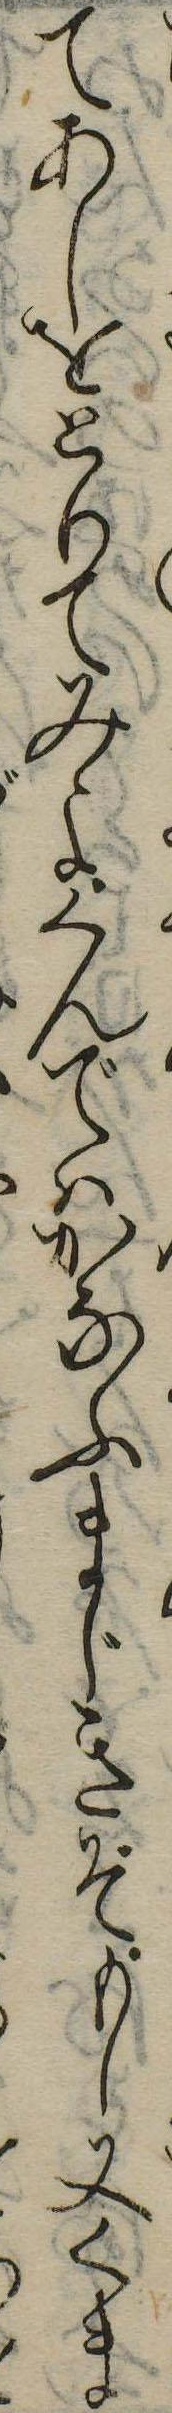
てあしをとりてみよくんではかなふまじきぞもし又くま